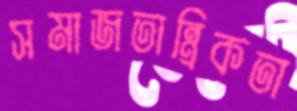
সমাজতান্ত্রিকতা